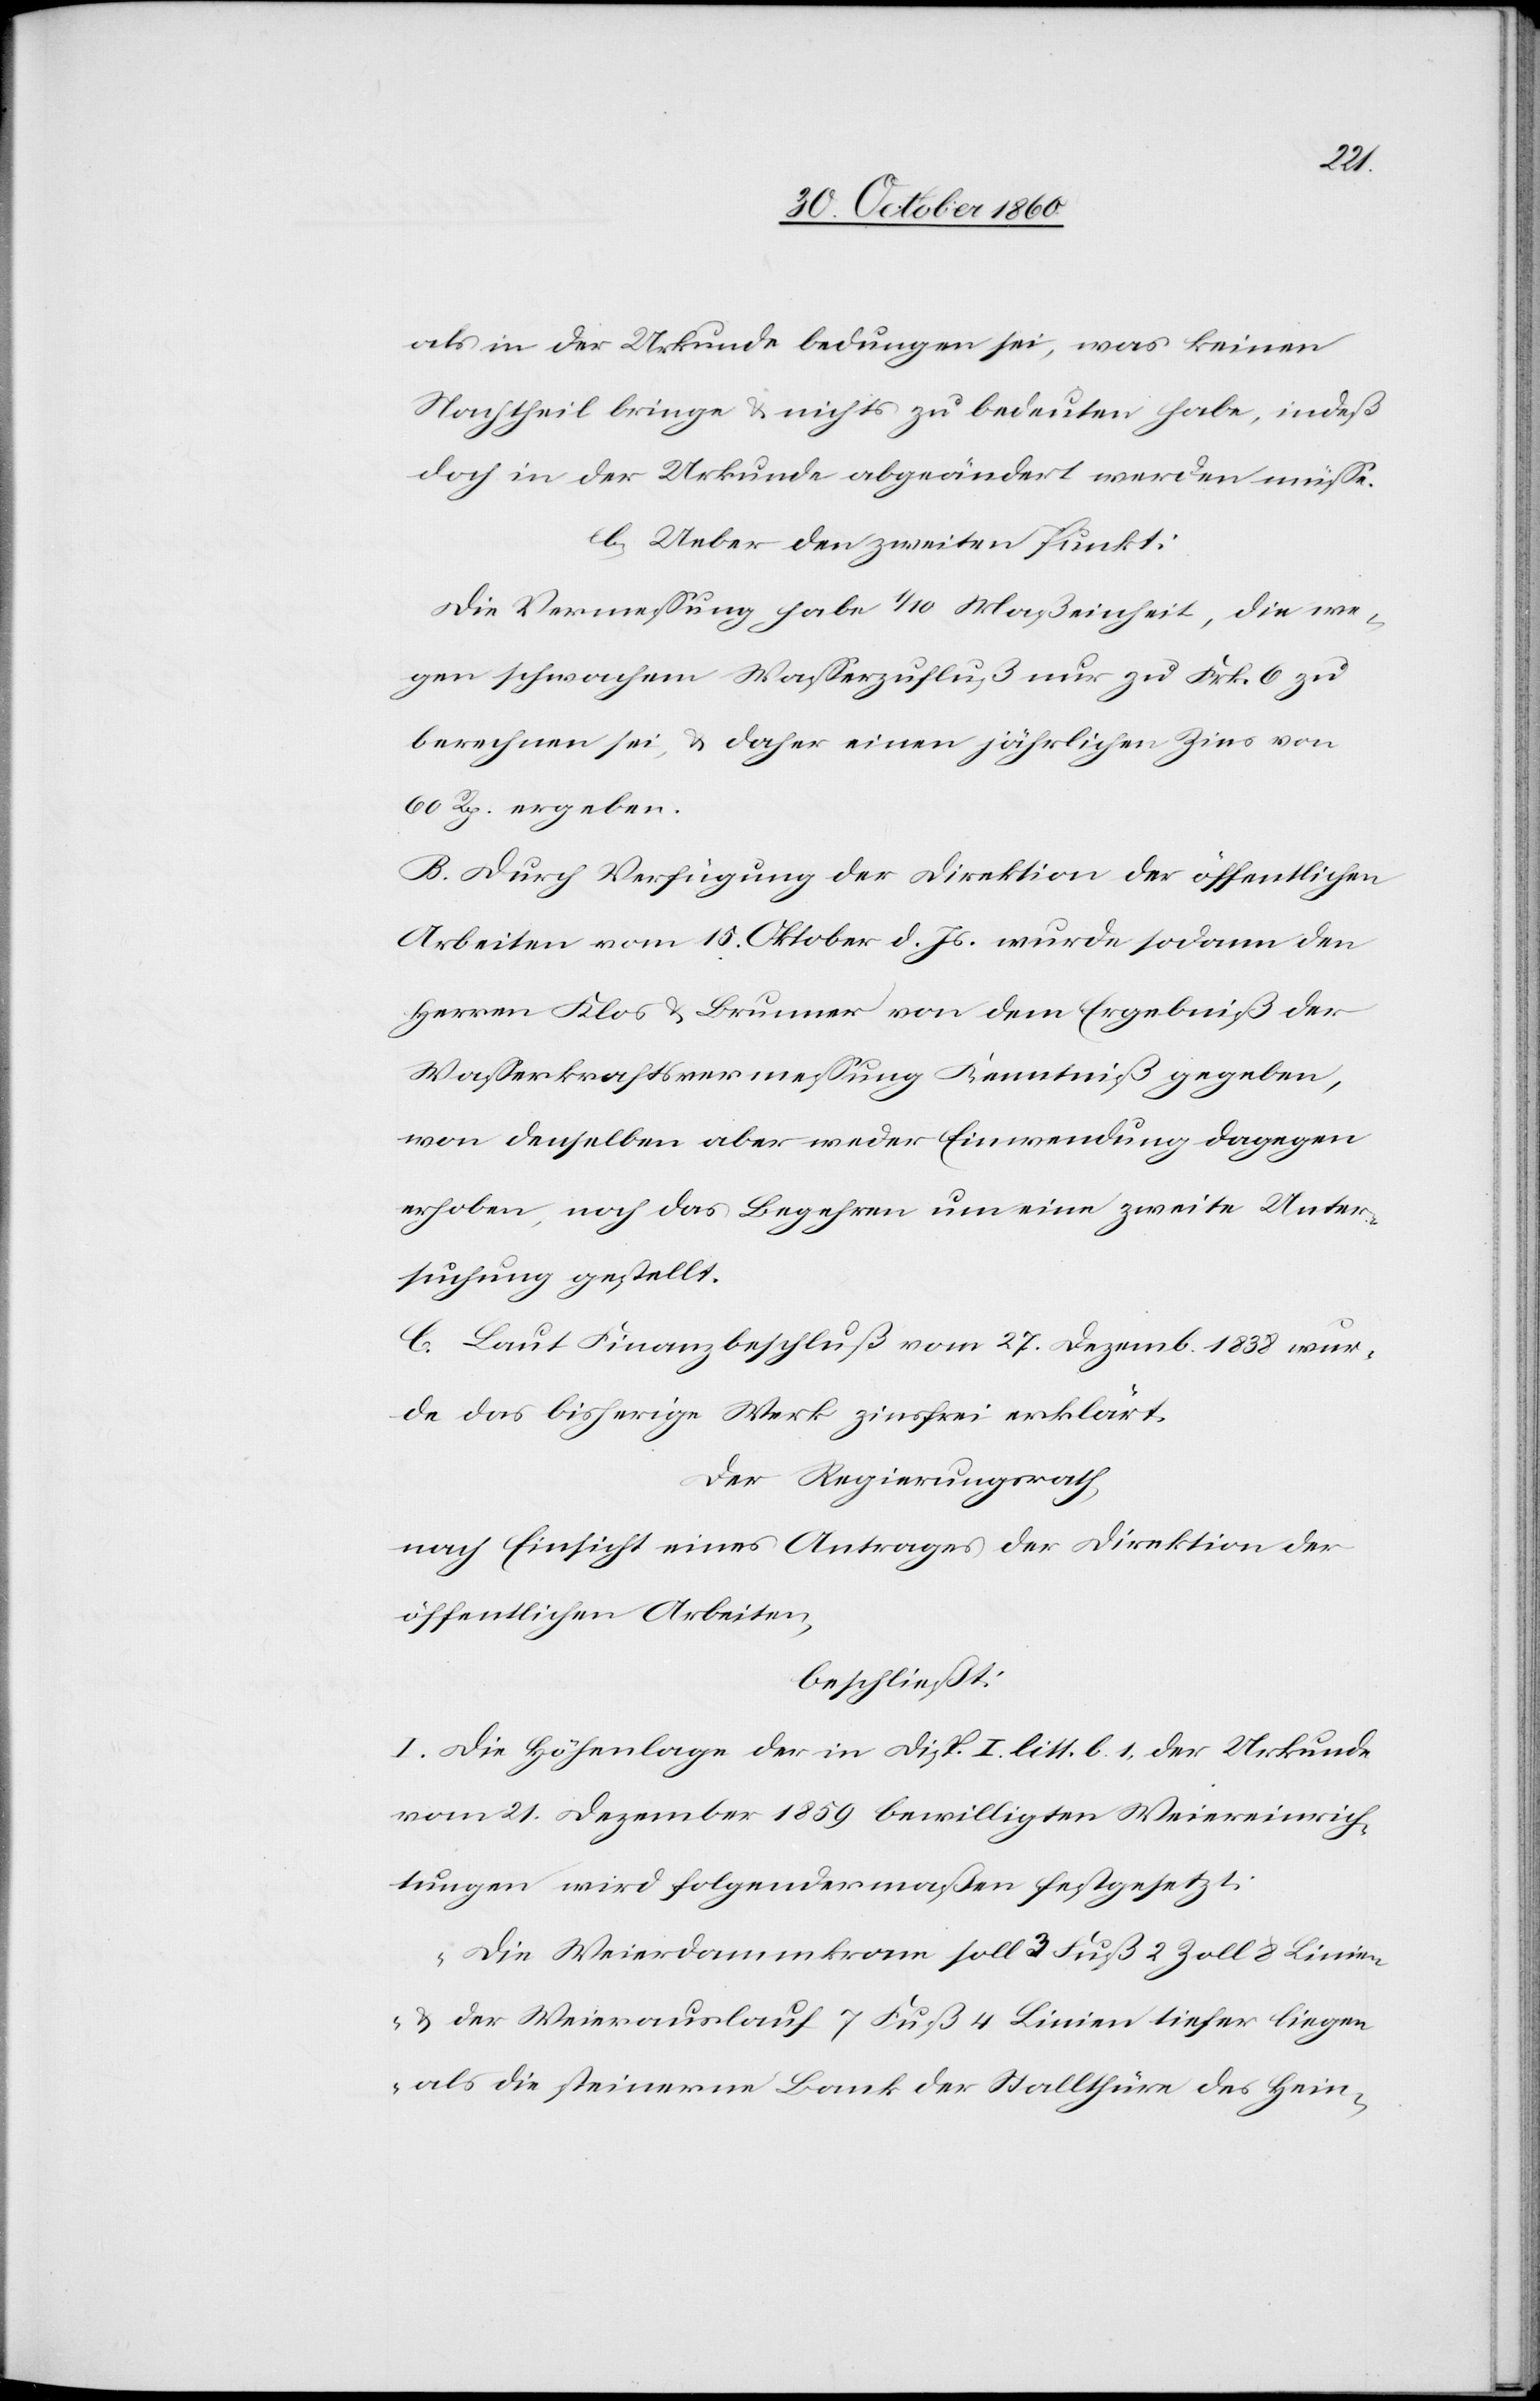
als in der Urkunde bedungen sei, was keinen
Nachtheil bringe u. nichts zu bedeuten habe, indeß
doch in der Urkunde abgeändert werden müsse.
b. Ueber den zweiten Punkt:
Die Vermessung habe 1/10 Maßeinheit, die we¬
gen schwachem Wasserzufluß nur zu Frk. 6 zu
berechnen sei, u. daher einen jährlichen Zins von
60 Rp. ergeben.
B. Durch Verfügung der Direktion der öffentlichen
Arbeiten vom 15. Oktober d. Js. wurde sodann den
Herren Klos u. Brunner von dem Ergebniß der
Wasserkraftsvermessung Kenntniß gegeben,
von denselben aber weder Einwendung dagegen
erhoben, noch das Begehren um eine zweite Unter¬
suchung gestellt.
C. Laut Finanzbeschluß vom 27. Dezemb. 1838 wur¬
de das bisherige Werk zinsfrei erklärt.
Der Regierungsrath,
nach Einsicht eines Antrages der Direktion der
öffentlichen Arbeiten,
beschließt:
I. Die Höhenlage der in Disp. I litt. b 1 der Urkunde
vom 21. Dezember 1859 bewilligten Weiereinrich¬
tungen wird folgendermaßen festgesetzt:
„Die Weierdammkrone soll 3 Fuß 2 Zoll 8 Linien
u. der Weierauslauf 7 Fuß 4 Linien tiefer liegen
als die steinerne Bank der Stallthüre des Hein-